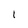
Character: I